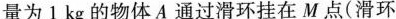
量为 1 kg 的物体 A 通过滑环挂在M点(滑环